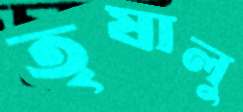
তৃষালু